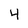
Character: 4